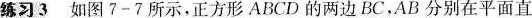
练习3如图7-7所示，正方形ABCD的两边BC，AB分别在平面直